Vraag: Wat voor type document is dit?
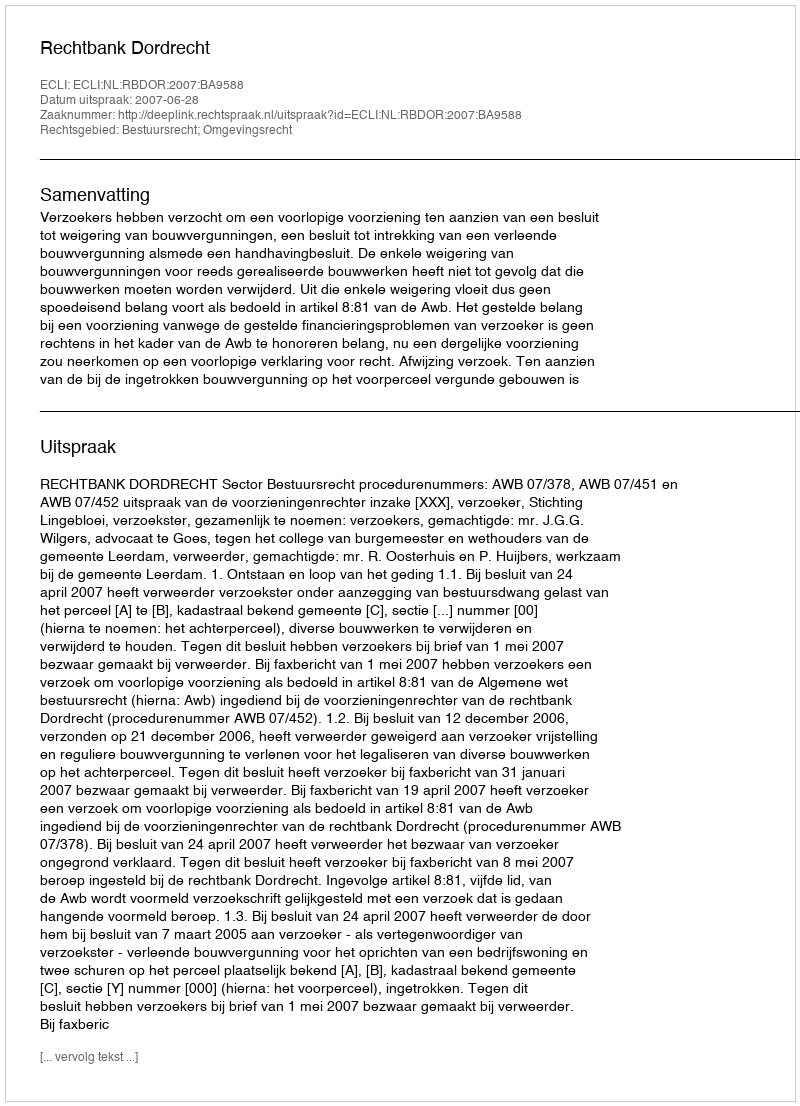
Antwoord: Uitspraak